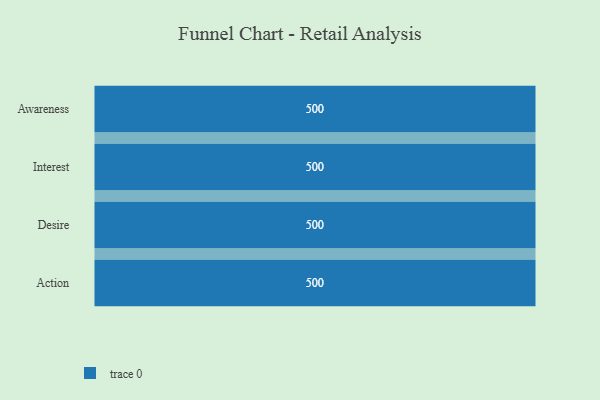
{"axis": {"x": "Stage", "y": "Value"}, "legend": [""], "data": [{"x": "Awareness", "y": 500, "type": ""}, {"x": "Interest", "y": 500, "type": ""}, {"x": "Desire", "y": 500, "type": ""}, {"x": "Action", "y": 500, "type": ""}]}